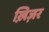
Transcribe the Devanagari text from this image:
ख़िज़र